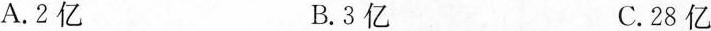
A.2亿B.3亿C.28亿